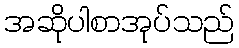
အဆိုပါစာအုပ်သည်